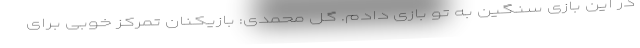
در این بازی سنگین به تو بازی دادم. گل محمدی: بازیکنان تمرکز خوبی برای